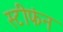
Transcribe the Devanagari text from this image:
स्टीफंन